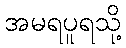
အမရပူရသို့